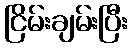
ငြိမ်းချမ်းပြီး